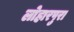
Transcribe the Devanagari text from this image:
लोहारपुरा